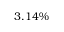
3 . 1 4 \%